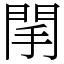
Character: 䦐